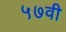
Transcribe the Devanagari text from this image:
५७वी